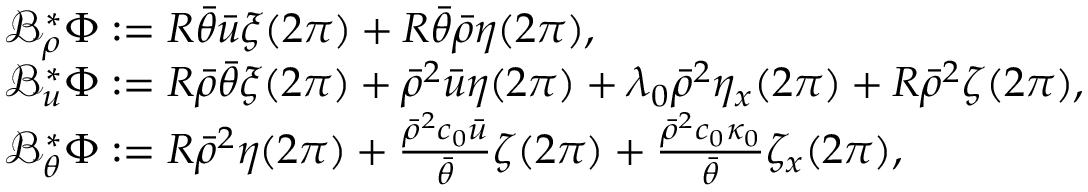
\begin{array} { r l } & { \mathcal { B } _ { \rho } ^ { * } \Phi : = R \bar { \theta } \bar { u } \xi ( 2 \pi ) + R \bar { \theta } \bar { \rho } \eta ( 2 \pi ) , } \\ & { \mathcal { B } _ { u } ^ { * } \Phi : = R \bar { \rho } \bar { \theta } \xi ( 2 \pi ) + \bar { \rho } ^ { 2 } \bar { u } \eta ( 2 \pi ) + \lambda _ { 0 } \bar { \rho } ^ { 2 } \eta _ { x } ( 2 \pi ) + R \bar { \rho } ^ { 2 } \zeta ( 2 \pi ) , } \\ & { \mathcal { B } _ { \theta } ^ { * } \Phi : = R \bar { \rho } ^ { 2 } \eta ( 2 \pi ) + \frac { \bar { \rho } ^ { 2 } c _ { 0 } \bar { u } } { \bar { \theta } } \zeta ( 2 \pi ) + \frac { \bar { \rho } ^ { 2 } c _ { 0 } \kappa _ { 0 } } { \bar { \theta } } \zeta _ { x } ( 2 \pi ) , } \end{array}